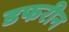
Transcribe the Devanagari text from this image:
डफरीन